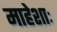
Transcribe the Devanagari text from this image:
माहेशाः